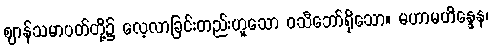
ဈာန်သမာပတ်တို့၌ လေ့လာခြင်းတည်းဟူသော ဝသီဘော်ရှိသော။ မဟာမဟိန္ဒေန၊